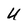
Character: U